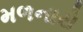
મળનારો